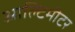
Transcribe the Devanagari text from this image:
आल्टिमीटर